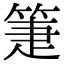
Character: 箑